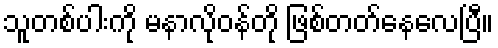
သူတစ်ပါးကို မနာလိုဝန်တို ဖြစ်တတ်နေလေပြီ။